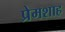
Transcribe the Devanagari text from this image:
प्रेमशाह